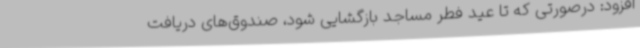
افزود: درصورتی که تا عید فطر مساجد بازگشایی شود، صندوق‌های دریافت